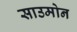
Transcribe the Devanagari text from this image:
साउमोन